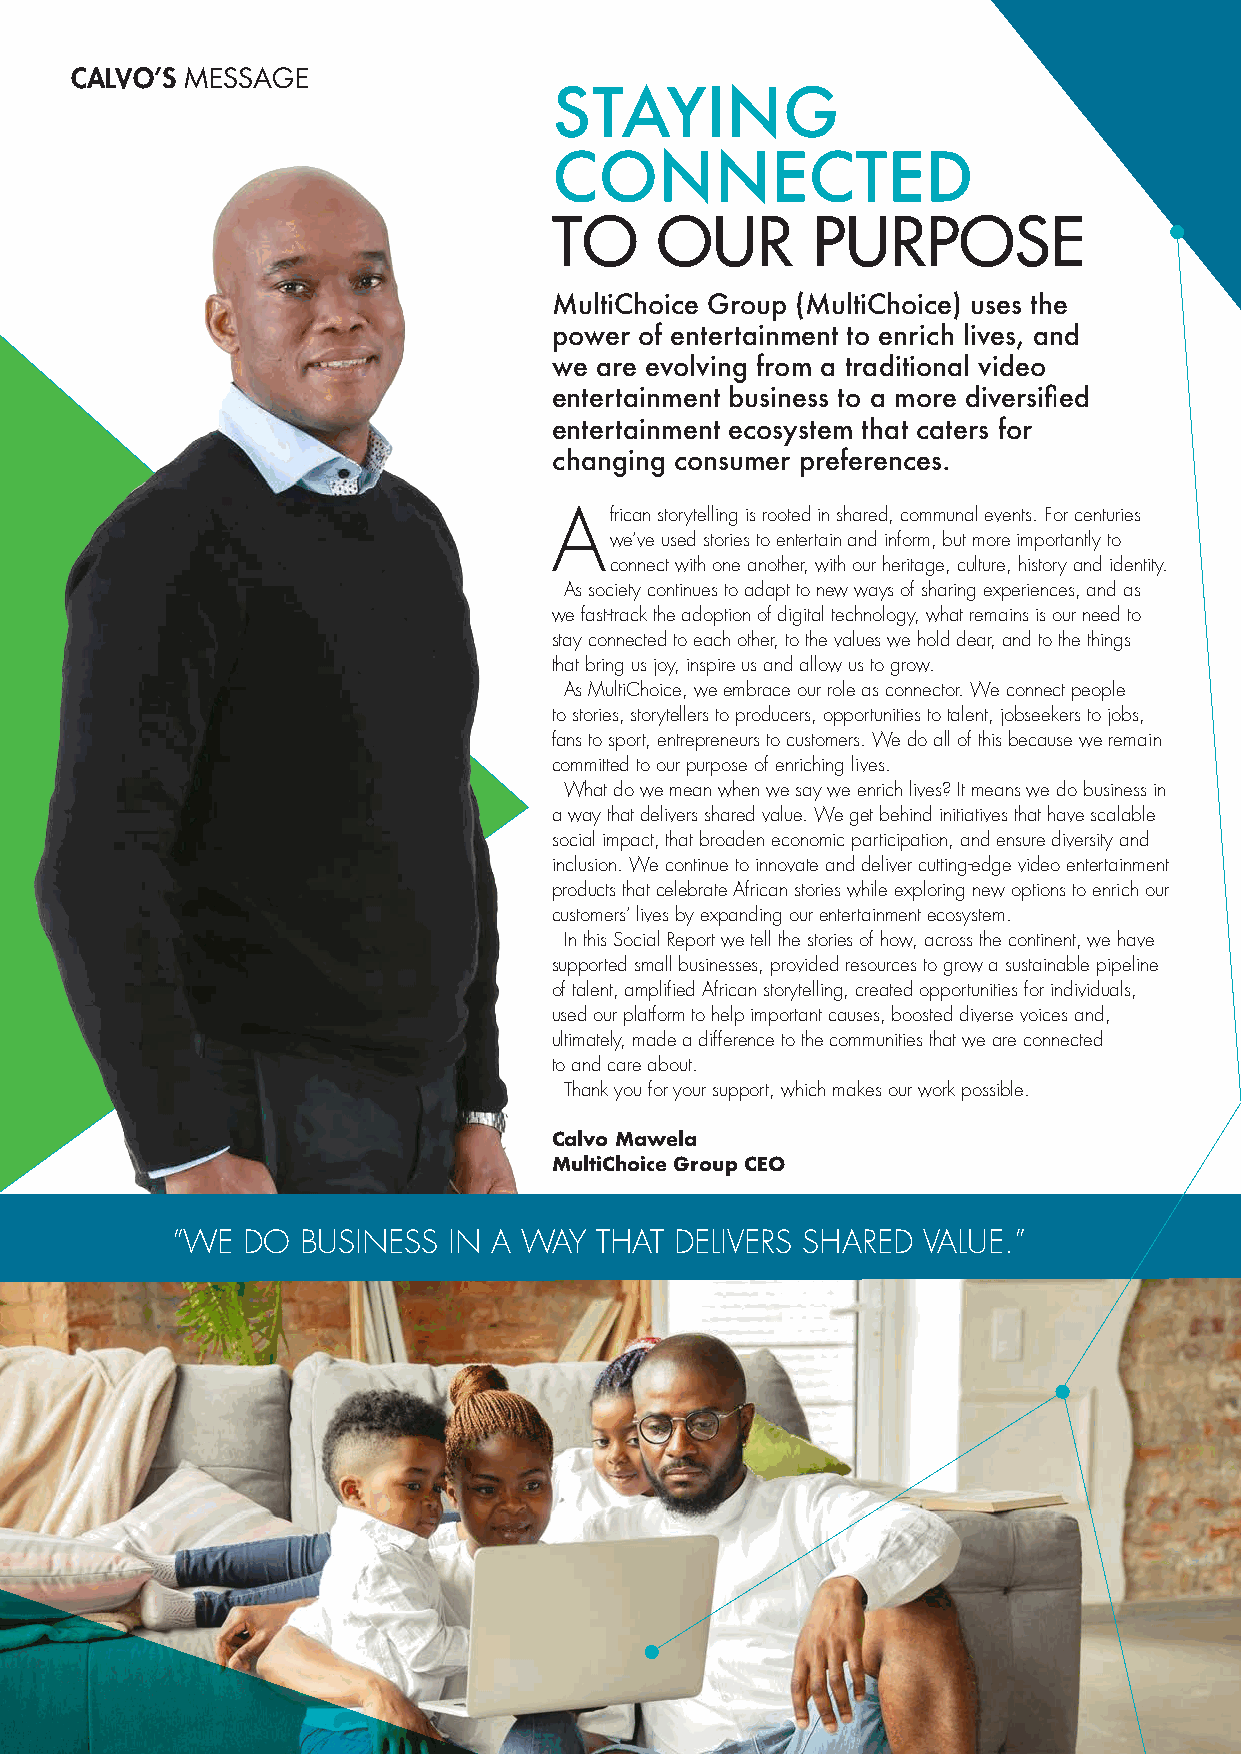
CALVO’S MESSAGE
 STAYING
 CONNECTED
 TO    OUR        PURPOSE
 MultiChoice Group (MultiChoice) uses the
 power of entertainment to enrich lives, and
 we are evolving from a traditional video
 entertainment business to a more diversified
 entertainment ecosystem that caters for
 changing consumer preferences.
 African storytelling is rooted in shared, communal events. For centuries
 we’ve used stories to entertain and inform, but more importantly to
 connect with one another, with our heritage, culture, history and identity.
 As society continues to adapt to new ways of sharing experiences, and as
 we fast-track the adoption of digital technology, what remains is our need to
 stay connected to each other, to the values we hold dear, and to the things
 that bring us joy, inspire us and allow us to grow.
 As MultiChoice, we embrace our role as connector. We connect people
 to stories, storytellers to producers, opportunities to talent, jobseekers to jobs,
 fans to sport, entrepreneurs to customers. We do all of this because we remain
 committed to our purpose of enriching lives.
 What do we mean when we say we enrich lives? It means we do business in
 a way that delivers shared value. We get behind initiatives that have scalable
 social impact, that broaden economic participation, and ensure diversity and
 inclusion. We continue to innovate and deliver cutting-edge video entertainment
 products that celebrate African stories while exploring new options to enrich our
 customers’ lives by expanding our entertainment ecosystem.
 In this Social Report we tell the stories of how, across the continent, we have
 supported small businesses, provided resources to grow a sustainable pipeline
 of talent, amplified African storytelling, created opportunities for individuals,
 used our platform to help important causes, boosted diverse voices and,
 ultimately, made a difference to the communities that we are connected
 to and care about.
 Thank you for your support, which makes our work possible.
 Calvo Mawela
 MultiChoice Group CEO
 “WE  DO  BUSINESS  IN A WAY THAT  DELIVERS SHARED VALUE.”